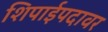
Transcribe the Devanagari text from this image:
शिपाईपदावर